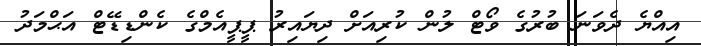
އިއްޔެ ދެވަނަ ބުރުގެ ވޯޓް ލުން ކުރިއަށް ދިޔައިރު ޕީޕީއެމްގެ ކެންޑިޑޭޓް އަޙްމަދު